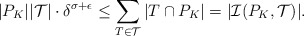
\begin{align*} |P_{K}||\mathcal{T}| \cdot \delta^{\sigma + \epsilon} \leq \sum_{T \in \mathcal{T}} |T\cap P_{K}| = |\mathcal{I}(P_{K},\mathcal{T})|. \end{align*}